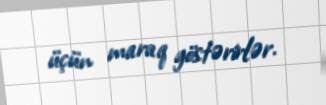
üçün maraq göstərirlər.